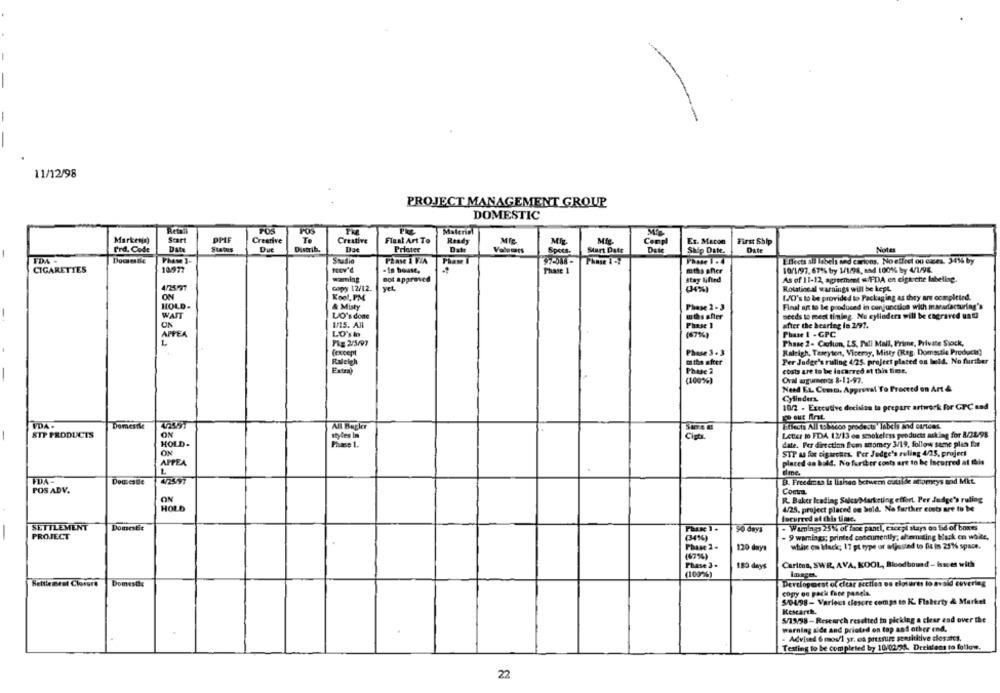
11/12/98
PROJECT MANAGEMENT GROUP
DOMESTIC
FOS
FOS
Material
Markeng)
Scart
DPLF
Creative
To
Creative
Final Art To
Ready
Mig.
Ex. Macon
First Ship
Prd. Code
Date
Status
Due
Distrib.
Priater
Date
Valeurs
Specs.
Start Date
Ship Date.
Date
Notes
Phase 1-
Studio
PEase 1 FIA
Phase 1
Phase 1-7
thects all labels and cartons. No etfret ou caces. 34%% by
CIGARETTES
10977
-In bouse,
Phase 1
mths sher
10/1/97. 67% by 1/1/98, and 100%% by 4/1/98.
waming
not approved
stay lifted
As of 11-12, agreement w/FDA en clgauche labeling.
4/2597
copy 12/12.
yet.
(34%)
Rotating.al warnings will be kept.
ON
Kool, PM
L/O's to be provided to Packaging as they are completed.
HOLD-
Final ant to be produced in conjunction with mazarfacturing's
& Misty
Phase 2 - 3
WAIT
LJO's done
needs to meet timing. No cylinders will be engraved uat
ON
1/15. All
after the hearing le 2/97.
LO's ho
Phase 1 - GPC
APPEA
Pig 2/5/97
Phase 2- Carlton, LS. Pall Mall, Prime, Private Stock,
(except
Phase 3 . 3
Raleigh, Taseyton, Viceroy, Misty (Reg. Domsstie Products)
Per Judge's ruling 4/25. project placed on beld. No further
the after
Fatra
costs are to be lacarred at this time.
Oral agurments 8-11-97.
Need EL. Comm. Approval To Proceed on Art &
Cylinders.
10/2 - Executive decision to prepare artwork for GPC and
VDA .
Domesile
452497
All Bagler
iflacis All tobacco products' labels and cartons.
STP PRODUCTS
ON
styles In
Cigts
Leter 1 FDA 12/13 en senokeless products asking for 8/21/98
HOLD.
Finase 1.
date. Per direction from anomey 3/19, follow same plan for
ON
STP as for cigarettes. Per Judge's ruling 4/25, project
APPEA
placed on bald. Nofurther conts are to be Incurred at this
dime.
FDA-
Deasese
4/2597
B. Freedizes is linneo bctwem cutside alomeys and Mit.
POS ADV.
Comna
ON
R. Baker leading Sales/Marketing effort. Per Judge's ruling
HOLD
4/25, project placed on bold. Na further costs are to be
Incurred at this time.
SETTLEMENT
Dometic
. Wamings 25% of face panti, Cacepi stays on lid of boxes
90 days
PROJECT
- 9 warnings; printed concurently; alternating black en white,
120 days
white on black; 17 pt type ur adjusted to fit in 251% space.
183 days
Carlton, SWR, AVA, KOOL, Bloodbound- Issces with
(100%)
Rettiemret Closure
Domesthe
Developmest of clear secties en closures to avoid covering
copy oe pack face paneis.
5/0498- Various clescre compa to K. Flaherty & Market
Research.
5/19/98-Research resetted in picking a clear end over the
warning aide and printed on top and other end.
- Advised 6 mos/1 yr. ca pressure sensitive closates.
Testing to be completed by 10/02/24. Dreistens to follow.
22